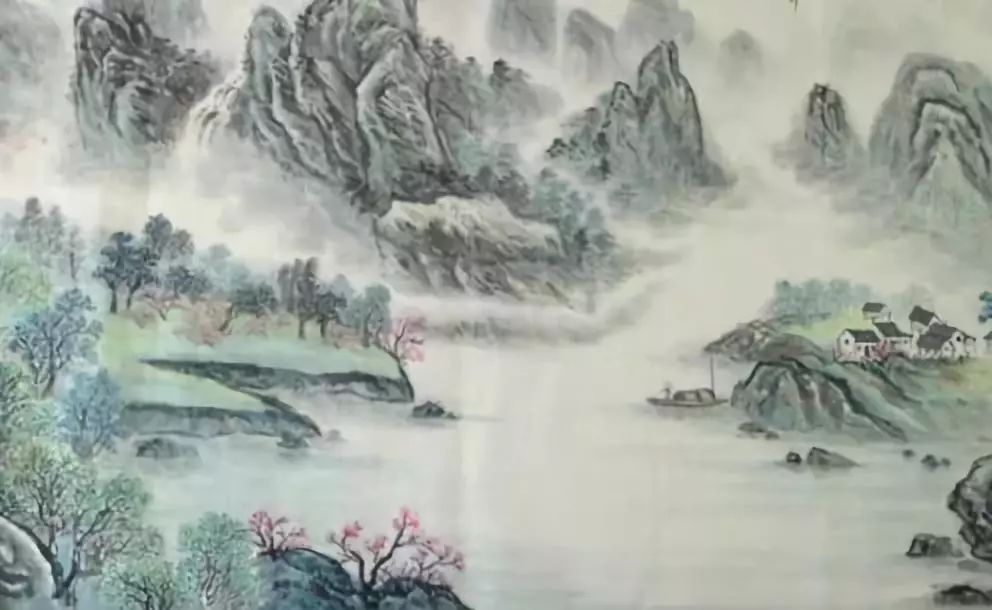
寒食时看郭外春，野人无处不伤神。